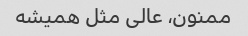
ممنون، عالی مثل همیشه